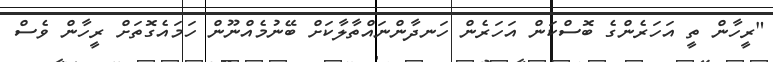
"ރީހާން ތީ އަހަރެންގެ ބޮސްކަން އަހަރެން ހަނދާންނައްތާލާކަށް ބޭނުމެއްނޫން ހަމައެގޮތަށް ރީހާން ވެސް